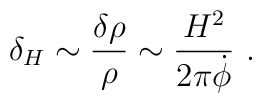
\delta_H \sim \frac{\delta\rho}{\rho} \sim {H^2\over 2\pi\dot\phi} \ .